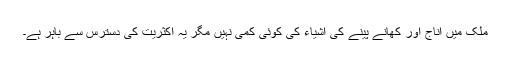
ملک میں اناج اور کھانے پینے کی اشیاء کی کوئی کمی نہیں مگر یہ اکثریت کی دسترس سے باہر ہے۔